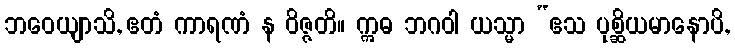
ဘဝေယျာသိ, ဧတံ ကာရဏံ န ဝိဇ္ဇတိ။ ဣဓ ဘဂဝါ ယသ္မာ “ဧသ ပုစ္ဆိယမာနောပိ,